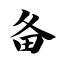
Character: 备